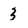
Character: 3